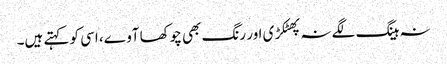
نہ ہینگ لگے نہ پھٹکڑی اور رنگ بھی چوکھا آوے، اسی کو کہتے ہیں۔